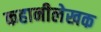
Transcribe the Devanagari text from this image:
कहानीलेखक